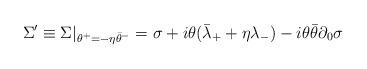
LaTeX: \begin{align*}\Sigma' \equiv \Sigma|_{\theta^+ = -\eta \bar{\theta}^-}= \sigma +i \theta (\bar{\lambda}_+ + \eta \lambda_-)-i\theta \bar{\theta} \partial_0 \sigma\end{align*}